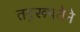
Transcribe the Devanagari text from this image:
तद्‌रूपतेने